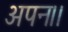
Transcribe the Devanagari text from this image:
अपन।।